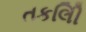
તકલીિ